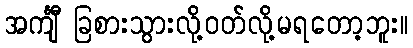
အင်္ကျီ ခြစားသွားလို့ဝတ်လို့မရတော့ဘူး။